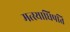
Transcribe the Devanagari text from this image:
मत्स्याधिपति